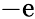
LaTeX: -\mathrm{e}